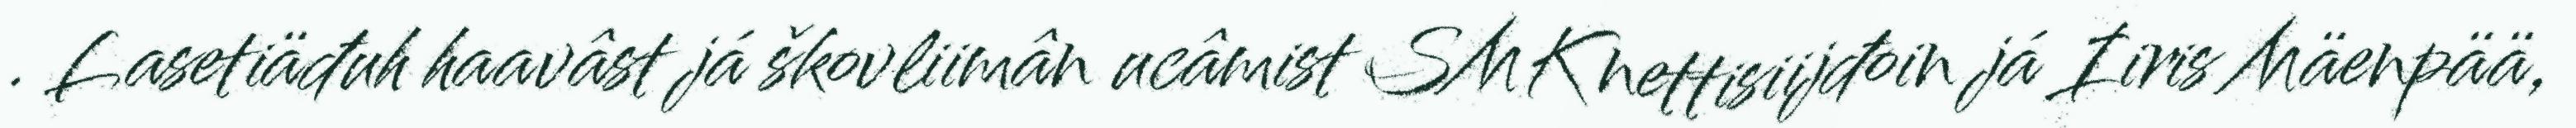
. Lasetiäđuh haavâst já škovliimân ucâmist SMK nettisiijđoin já Iiris Mäenpää,